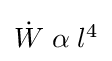
\textstyle {\dot {W}}\;\alpha \;l^{4}